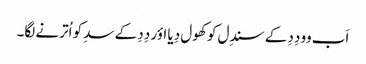
اَب وو دِدِ کے سندِل کو کھول دِیا اؤر دِدِ کے سدِ کو اُترنے لگا۔